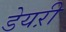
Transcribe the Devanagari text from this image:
डेयऱी